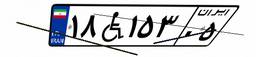
۱۶W۷۲۹۲۷